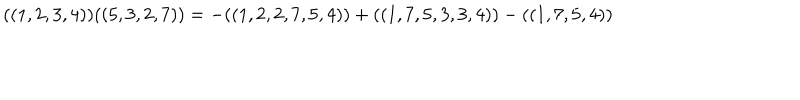
( ( 1 , 2 , 3 , 4 ) ) ( ( 5 , 3 , 2 , 7 ) ) = - ( ( 1 , 2 , 2 , 7 , 5 , 4 ) ) + ( ( 1 , 7 , 5 , 3 , 3 , 4 ) ) - ( ( 1 , 7 , 5 , 4 ) )